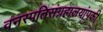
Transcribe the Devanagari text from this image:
वनस्पतिसंग्रहालयांपकी